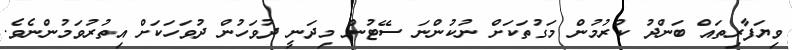
ވިޔަފާރިތައް ބަންދު ކުރުމުން މަގުތަކަށް ނުކުންނަ ސޭޓުން މިދަނީ ދުވަހުން ދުވަހަކަށް އިތުރުވަމުންނެވެ.